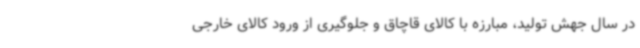
در سال جهش تولید، مبارزه با کالای قاچاق و جلوگیری از ورود کالای خارجی